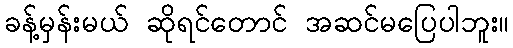
ခန့်မှန်းမယ် ဆိုရင်တောင် အဆင်မပြေပါဘူး။